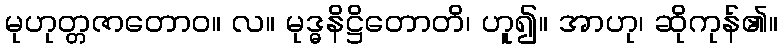
မုဟုတ္တဇာတောဝ။ လ။ မုဒ္ဓနိဋ္ဌိတောတိ၊ ဟူ၍။ အာဟု၊ ဆိုကုန်၏။